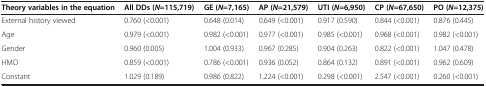
<table><thead><tr><td><b>Theory variables in the equation</b></td><td><b>All DDs ( <i>N </i>=115,719)</b></td><td><b>GE ( <i>N </i>=7,165)</b></td><td><b>AP ( <i>N </i>=21,579)</b></td><td><b>UTI ( <i>N </i>=6,950)</b></td><td><b>CP ( <i>N </i>=67,650)</b></td><td><b>PO ( <i>N </i>=12,375)</b></td></tr></thead><tbody><tr><td>External history viewed</td><td>0.760 (&lt;0.001)</td><td>0.648 (0.014)</td><td>0.649 (&lt;0.001)</td><td>0.917 (0.590)</td><td>0.844 (&lt;0.001)</td><td>0.876 (0.445)</td></tr><tr><td>Age</td><td>0.979 (&lt;0.001)</td><td>0.982 (&lt;0.001)</td><td>0.977 (&lt;0.001)</td><td>0.985 (&lt;0.001)</td><td>0.968 (&lt;0.001)</td><td>0.982 (&lt;0.001)</td></tr><tr><td>Gender</td><td>0.960 (0.005)</td><td>1.004 (0.933)</td><td>0.967 (0.285)</td><td>0.904 (0.263)</td><td>0.822 (&lt;0.001)</td><td>1.047 (0.478)</td></tr><tr><td>HMO</td><td>0.859 (&lt;0.001)</td><td>0.786 (&lt;0.001)</td><td>0.936 (0.052)</td><td>0.864 (0.132)</td><td>0.891 (&lt;0.001)</td><td>0.962 (0.609)</td></tr><tr><td>Constant</td><td>1.029 (0.189)</td><td>0.986 (0.822)</td><td>1.224 (&lt;0.001)</td><td>0.298 (&lt;0.001)</td><td>2.547 (&lt;0.001)</td><td>0.260 (&lt;0.001)</td></tr></tbody></table>